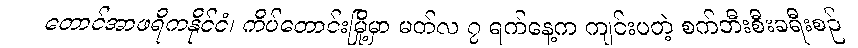
တောင်အာဖရိကနိုင်ငံ၊ ကိပ်တောင်းမြို့မှာ မတ်လ ၇ ရက်နေ့က ကျင်းပတဲ့ စက်ဘီးစီးခရီးစဉ်